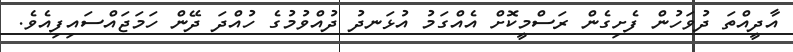
އާދީއްތަ ދުވަހުން ފެށިގެން ރަސްމީކޮށް އެއްގަމު އުޅަނދު ދުއްވުމުގެ ހުއްދަ ދޭން ހަމަޖައްސައިފިއެވެ.